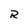
Character: R